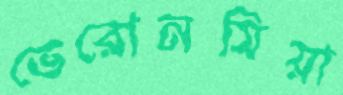
ভেরোনসিয়া